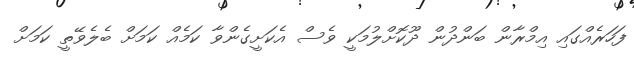
ފަހަރެއްގައި އިމްރާން ބަންދުން ދޫކޮށްލުމަކީ ވެސް އެކަށީގެންވާ ކަމެއް ކަމަށް ބެލެވޭތީ ކަމަށް